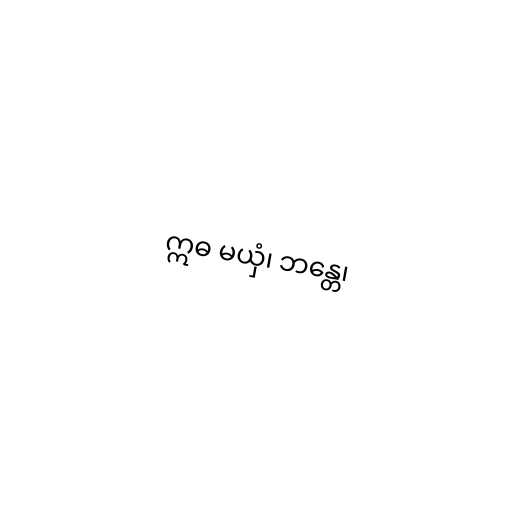
ဣဓ မယှံ၊ ဘန္တေ၊